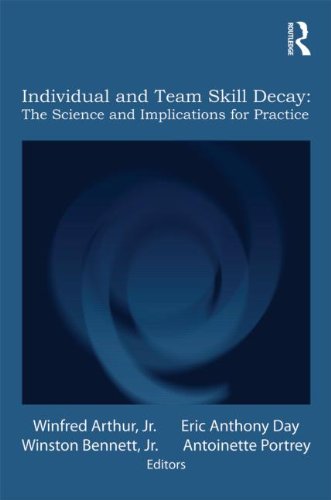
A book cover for Individual and Team Skill Decay: The Science and Implications for Practice (Applied Psychology Series); Medical Books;